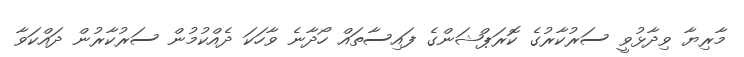
މާރިޔާ ވިދާޅުވީ ސަރުކާރުގެ ކޮރަޕްޝަންގެ ފައިސާތައް ހޯދާނެ ވާހަކަ ދެއްކުމުން ސަރުކާރުން ދައްކަވާ